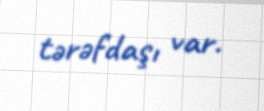
tərəfdaşı var.